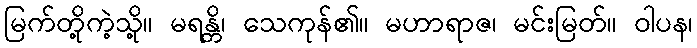
မြက်တို့ကဲ့သို့။ မရန္တိ၊ သေကုန်၏။ မဟာရာဇ၊ မင်းမြတ်။ ဝါပန၊